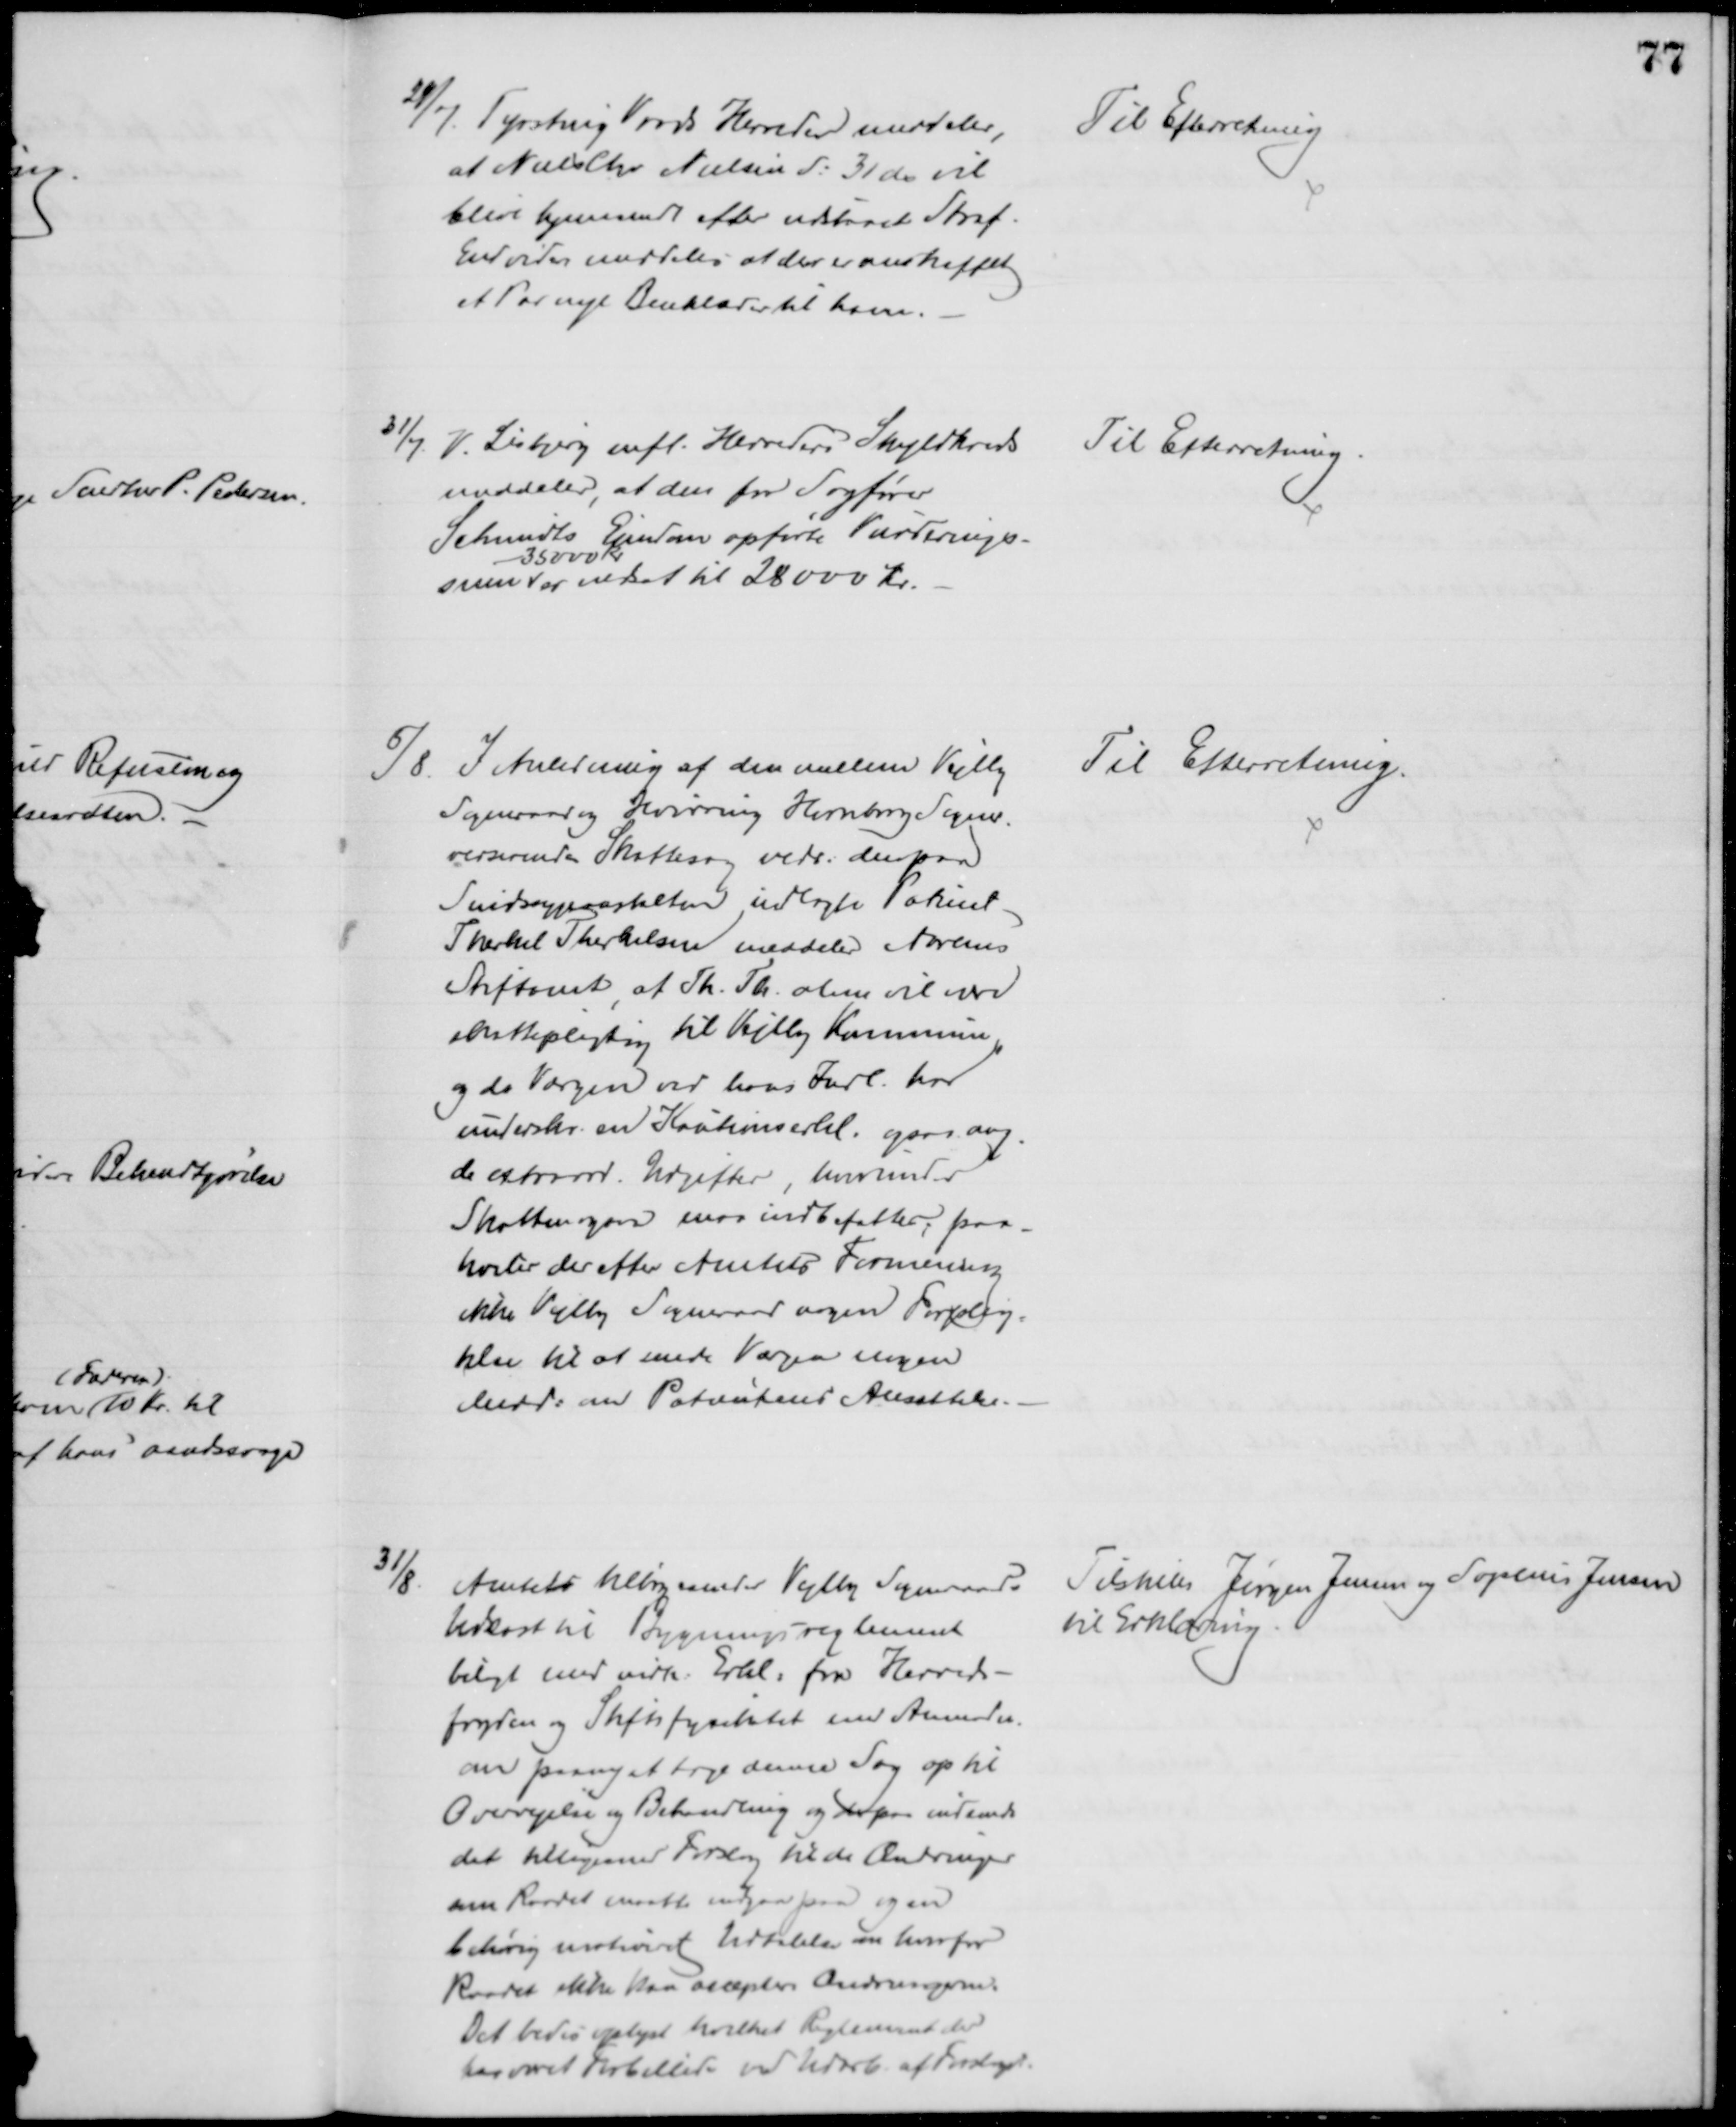
Transskription:
29/7. Tyrsting Vrads Herreder meddeler,
at Niels Chr. Nielsen d: 31 ds vil
blive hjemsendt efter udstaaet Straf.
Endvider meddeles at der er anskaffet
et Par nye Benklæder til ham.
Til Efterretning
31/7. V. Lisbjerg mfl. Herreders Skyldkreds
meddeler, at den for Sagfører
Schmidts Ejendom opførte Vurderings-
sum 
35000 Kr.
er nedsat til 28000 Kr.
Til Efterretning.
5/8. I Anledning af den mellem Vejlby
Sogneraad og Hvirring Hornborg Sogner.
verserende Skattesag vedr. den paa
Sindssygeanstalten indlagte Patient
Therkel Therkelsen meddeler Aarhus
Stiftamt, at Th. Th. alene vil være
skattepligtig til Vejlby Kommune,
og da Værgen ved hans Indl. har
underskr. en Kautionserkl. ogsaa ang.
de extraord. Udgifter, hvorunder
Skatten ogsaa maa indbefattes, paa-
hviler der efter Amtets Formening
ikke Vejlby Sogneraad nogen Forplig-
telse til at sende Værgen nogen
Medd: om Patientens Ansættelse.
Til Efterretning.
31/8.
Amtet tilbagesender Vejlby Sogneraads
Udkast til Bygningsreglement
bilagt med vedk. Erkl. fra Herreds-
fogden og Stiftsfysikatet med Anmodn.
om paany at tage denne Sag op til
Overvejelse og Behandling og derpaa indsende
det tilligemed Forslag til de Ændringer
som Raadet maaatte indgaa paa og en
behørig motiveret Udtalelse om hvorfor
Raadet ikke kan acceptere Ændringerne.
Det bedes oplyst hvilket Reglement der
har været Forbillede ved Udarb. af Forslaget.
Tilstilles Jørgen Jensen og Sophus Jensen
til Erklæring.